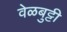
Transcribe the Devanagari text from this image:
वेळबुट्टी